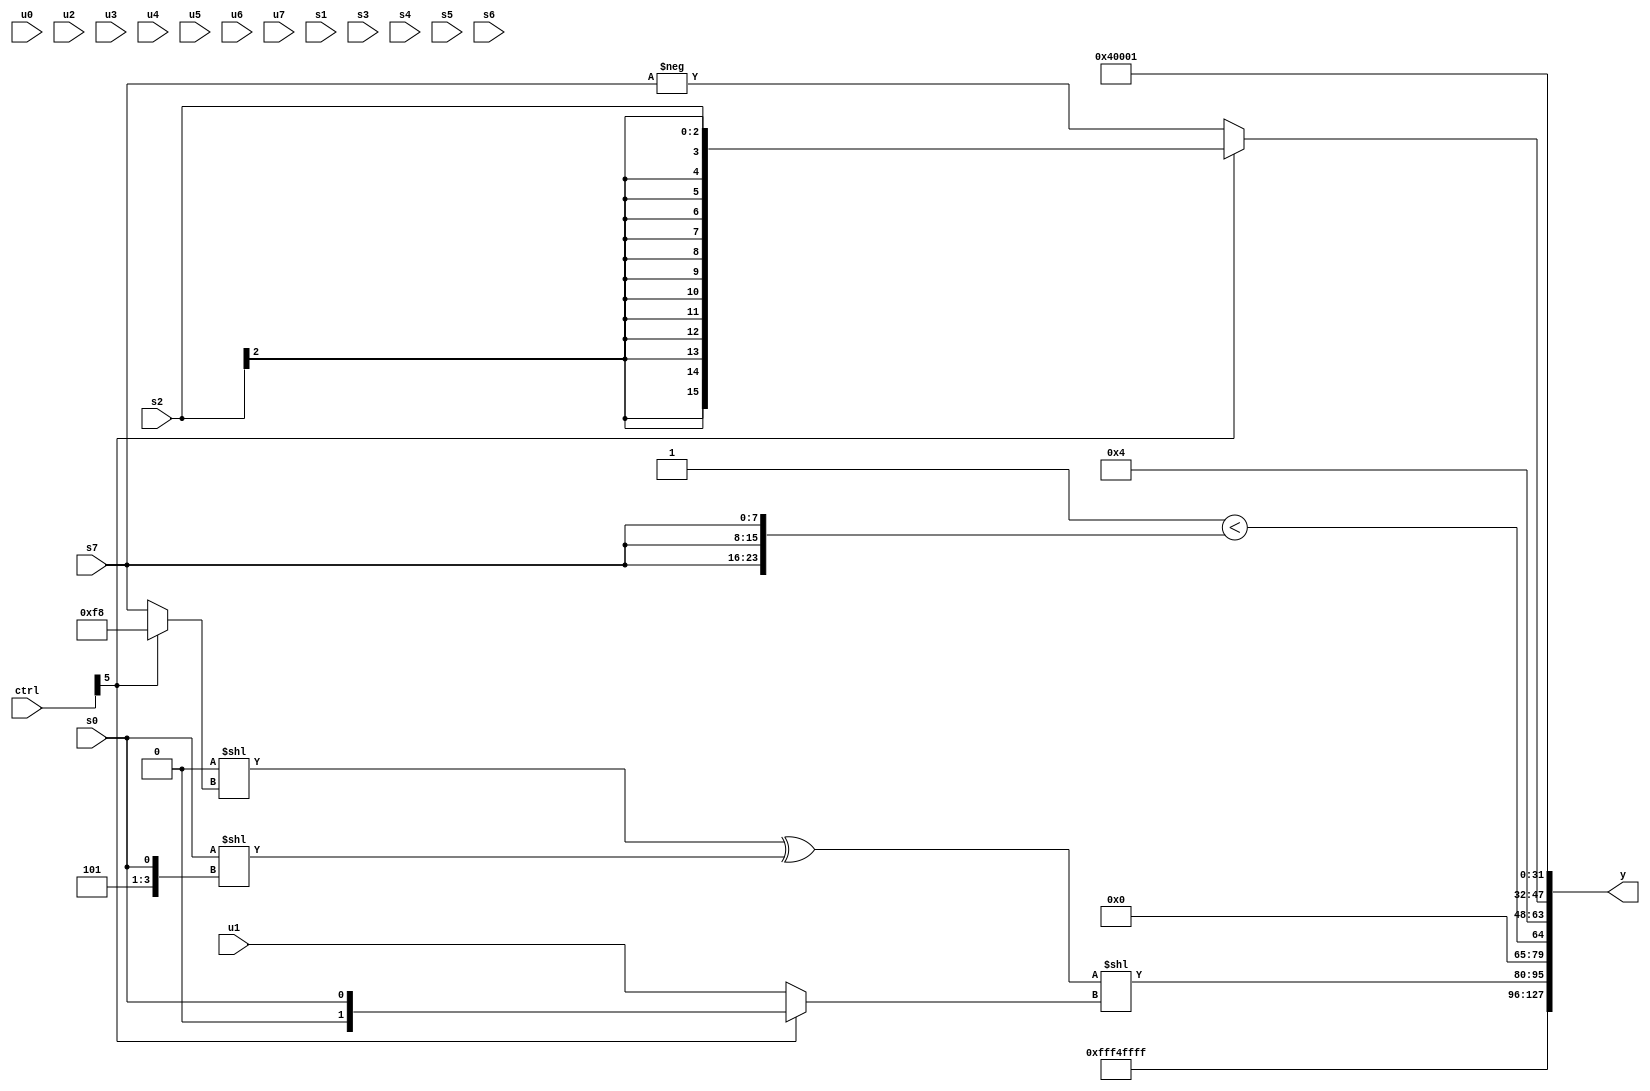
module wideexpr_00975(ctrl, u0, u1, u2, u3, u4, u5, u6, u7, s0, s1, s2, s3, s4, s5, s6, s7, y);
  input [7:0] ctrl;
  input [0:0] u0;
  input [1:0] u1;
  input [2:0] u2;
  input [3:0] u3;
  input [4:0] u4;
  input [5:0] u5;
  input [6:0] u6;
  input [7:0] u7;
  input signed [0:0] s0;
  input signed [1:0] s1;
  input signed [2:0] s2;
  input signed [3:0] s3;
  input signed [4:0] s4;
  input signed [5:0] s5;
  input signed [6:0] s6;
  input signed [7:0] s7;
  output [127:0] y;
  wire [15:0] y0;
  wire [15:0] y1;
  wire [15:0] y2;
  wire [15:0] y3;
  wire [15:0] y4;
  wire [15:0] y5;
  wire [15:0] y6;
  wire [15:0] y7;
  assign y = {y0,y1,y2,y3,y4,y5,y6,y7};
  assign y0 = 5'sb10100;
  assign y1 = 3'sb111;
  assign y2 = (((2'sb00)<<($signed((ctrl[5]?6'sb111000:s7))))^($unsigned((+(s0))<<({5'sb00101,s0}))))<<((ctrl[5]?s0:u1));
  assign y3 = ($unsigned(2'sb01))<({3{$unsigned(s7)}});
  assign y4 = 4'sb0100;
  assign y5 = (ctrl[5]?s2:-(s7));
  assign y6 = 6'sb000100;
  assign y7 = 3'sb001;
endmodule